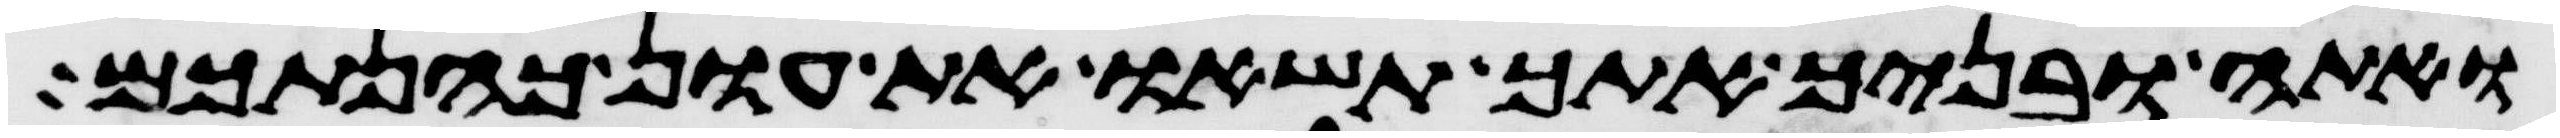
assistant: ואתה ובניך אתך תשאו את עון כהנתכם